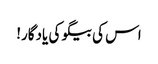
اس کی بیگو کی یادگار!